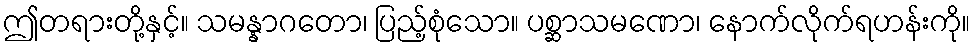
ဤတရားတို့နှင့်။ သမန္နာဂတော၊ ပြည့်စုံသော။ ပစ္ဆာသမဏော၊ နောက်လိုက်ရဟန်းကို။